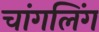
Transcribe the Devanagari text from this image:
चांगलिंग